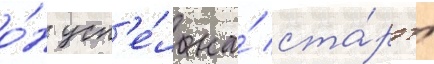
о́н усп'е́л на́ ста́рт